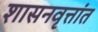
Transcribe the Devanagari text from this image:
शासनवृत्तांत